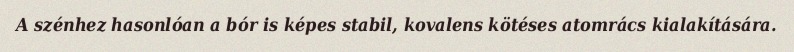
A szénhez hasonlóan a bór is képes stabil, kovalens kötéses atomrács kialakítására.